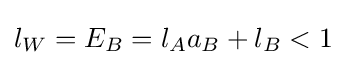
l_{W}=E_{B}=l_{A}a_{B}+l_{B}<1